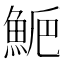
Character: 𩷁